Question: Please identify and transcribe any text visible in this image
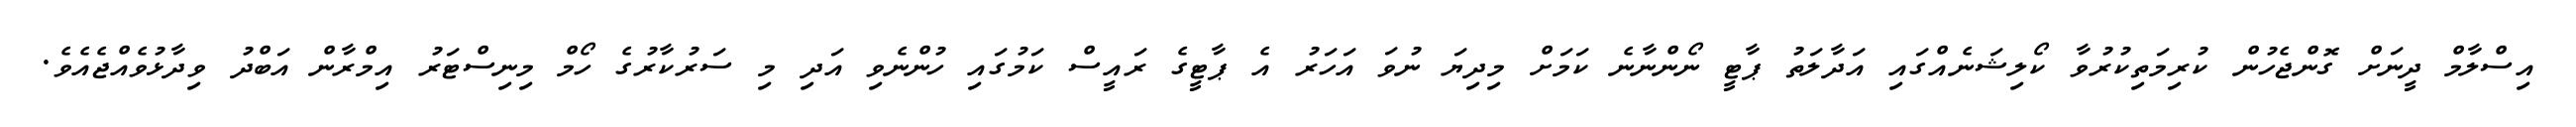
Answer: އިސްލާމް ދީނަށް ގޮންޖެހުން ކުރިމަތިކުރުވާ ކޯލިޝަނެއްގައި އަދާލަތު ޕާޓީ ނޯންނާނެ ކަމަށް މިދިޔަ ނުވަ އަހަރު އެ ޕާޓީގެ ރައީސް ކަމުގައި ހުންނެވި އަދި މި ސަރުކާރުގެ ހޯމް މިނިސްޓަރު އިމްރާން އަބްދު ވިދާޅުވެއްޖެއެވެ.